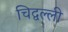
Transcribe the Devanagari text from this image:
चिद्वल्ली